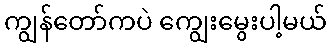
ကျွန်တော်ကပဲ ကျွေးမွေးပါ့မယ်